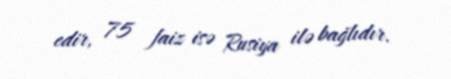
edir, 75 faiz isə Rusiya ilə bağlıdır.